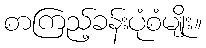
စာကြည့်ခန်းပုံစံမျိုး။